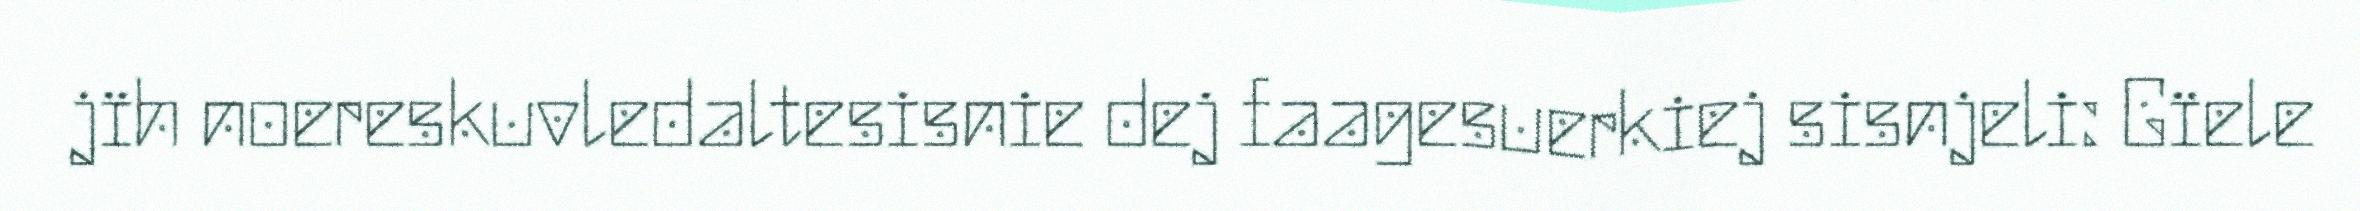
jïh noereskuvledaltesisnie dej faagesuerkiej sisnjeli: Gïele